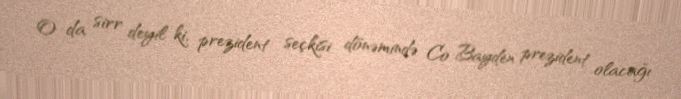
O da sirr deyil ki, prezident seçkisi dönəmində Co Bayden prezident olacağı